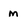
Character: m